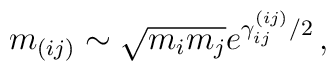
m_{(ij)}\sim \sqrt{m_{i}m_{j}}e^{\gamma _{ij}^{(ij)}/2}\,,